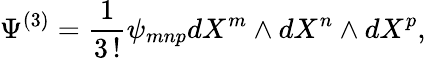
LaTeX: \Psi^{(3)}=\frac{1}{3\, !}\psi_{mnp}dX^{m}\wedge dX^{n}\wedge dX^{p},